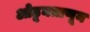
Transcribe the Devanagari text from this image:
ओढूनताणून